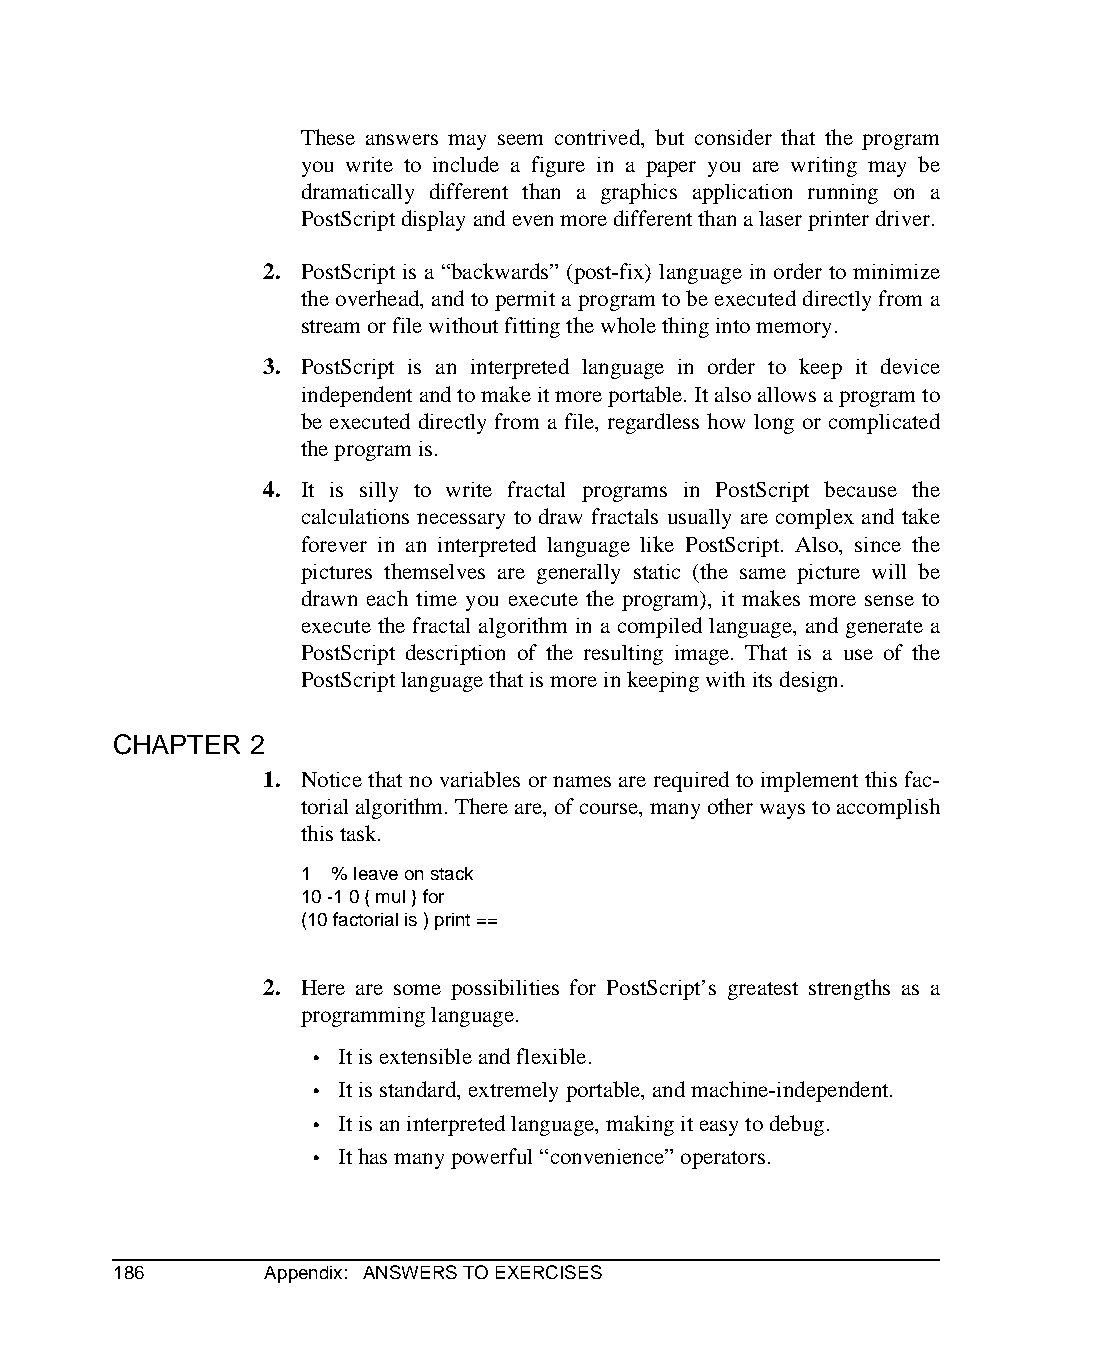
These answers may seem contrived, but consider that the program
 you write to include a figure in a paper you are writing may be
 dramatically different than a graphics application running on a
 PostScript display and even more different than a laser printer driver.
 2. PostScript is a “backwards” (post-fix) language in order to minimize
 the overhead, and to permit a program to be executed directly from a
 stream or file without fitting the whole thing into memory.
 3. PostScript is an interpreted language in order to keep it device
 independent and to make it more portable. It also allows a program to
 be executed directly from a file, regardless how long or complicated
 the program is.
 4. It is silly to write fractal programs in PostScript because the
 calculations necessary to draw fractals usually are complex and take
 forever in an interpreted language like PostScript. Also, since the
 pictures themselves are generally static (the same picture will be
 drawn each time you execute the program), it makes more sense to
 execute the fractal algorithm in a compiled language, and generate a
 PostScript description of the resulting image. That is a use of the
 PostScript language that is more in keeping with its design.
 CHAPTER  2
 1. Notice that no variables or names are required to implement this fac-
 torial algorithm. There are, of course, many other ways to accomplish
 this task.
 1 % leave on stack
 10 -1 0 { mul } for
 (10 factorial is ) print ==
 2. Here are some possibilities for PostScript’s greatest strengths as a
 programming language.
 • It is extensible and flexible.
 • It is standard, extremely portable, and machine-independent.
 • It is an interpreted language, making it easy to debug.
 • It has many powerful “convenience” operators.
 186       Appendix: ANSWERS TO EXERCISES